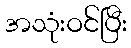
အသုံးဝင်ပြီး